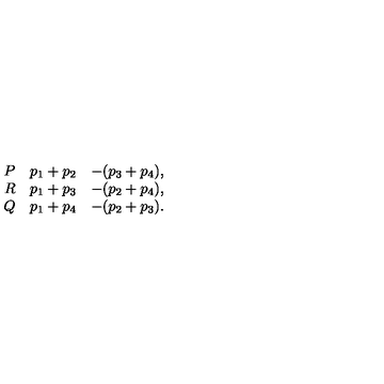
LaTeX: \begin{array} { r l l } { P } & { p _ { 1 } + p _ { 2 } } & { - ( p _ { 3 } + p _ { 4 } ) , } \\ { R } & { p _ { 1 } + p _ { 3 } } & { - ( p _ { 2 } + p _ { 4 } ) , } \\ { Q } & { p _ { 1 } + p _ { 4 } } & { - ( p _ { 2 } + p _ { 3 } ) . } \\ \end{array}